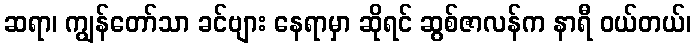
ဆရာ၊ ကျွန်တော်သာ ခင်ဗျား နေရာမှာ ဆိုရင် ဆွစ်ဇာလန်က နာရီ ဝယ်တယ်၊